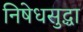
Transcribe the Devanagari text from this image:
निषेधसुद्धा